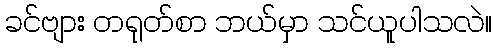
ခင်ဗျား တရုတ်စာ ဘယ်မှာ သင်ယူပါသလဲ။